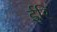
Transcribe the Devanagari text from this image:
ईरि